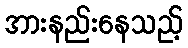
အားနည်းနေသည့်